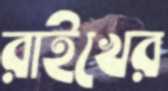
রাইখের